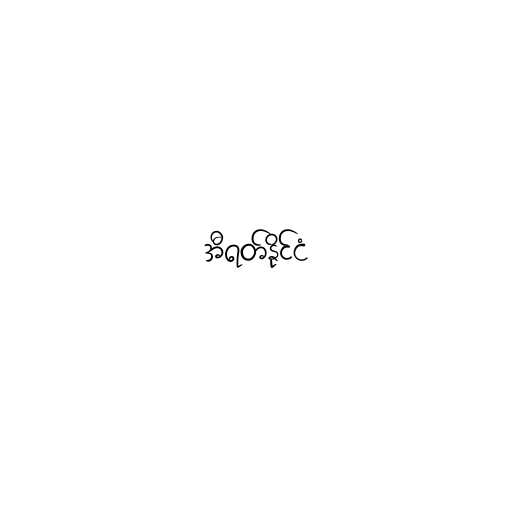
အီရတ်နိုင်ငံ